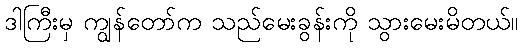
ဒါကြီးမှ ကျွန်တော်က သည်မေးခွန်းကို သွားမေးမိတယ်။